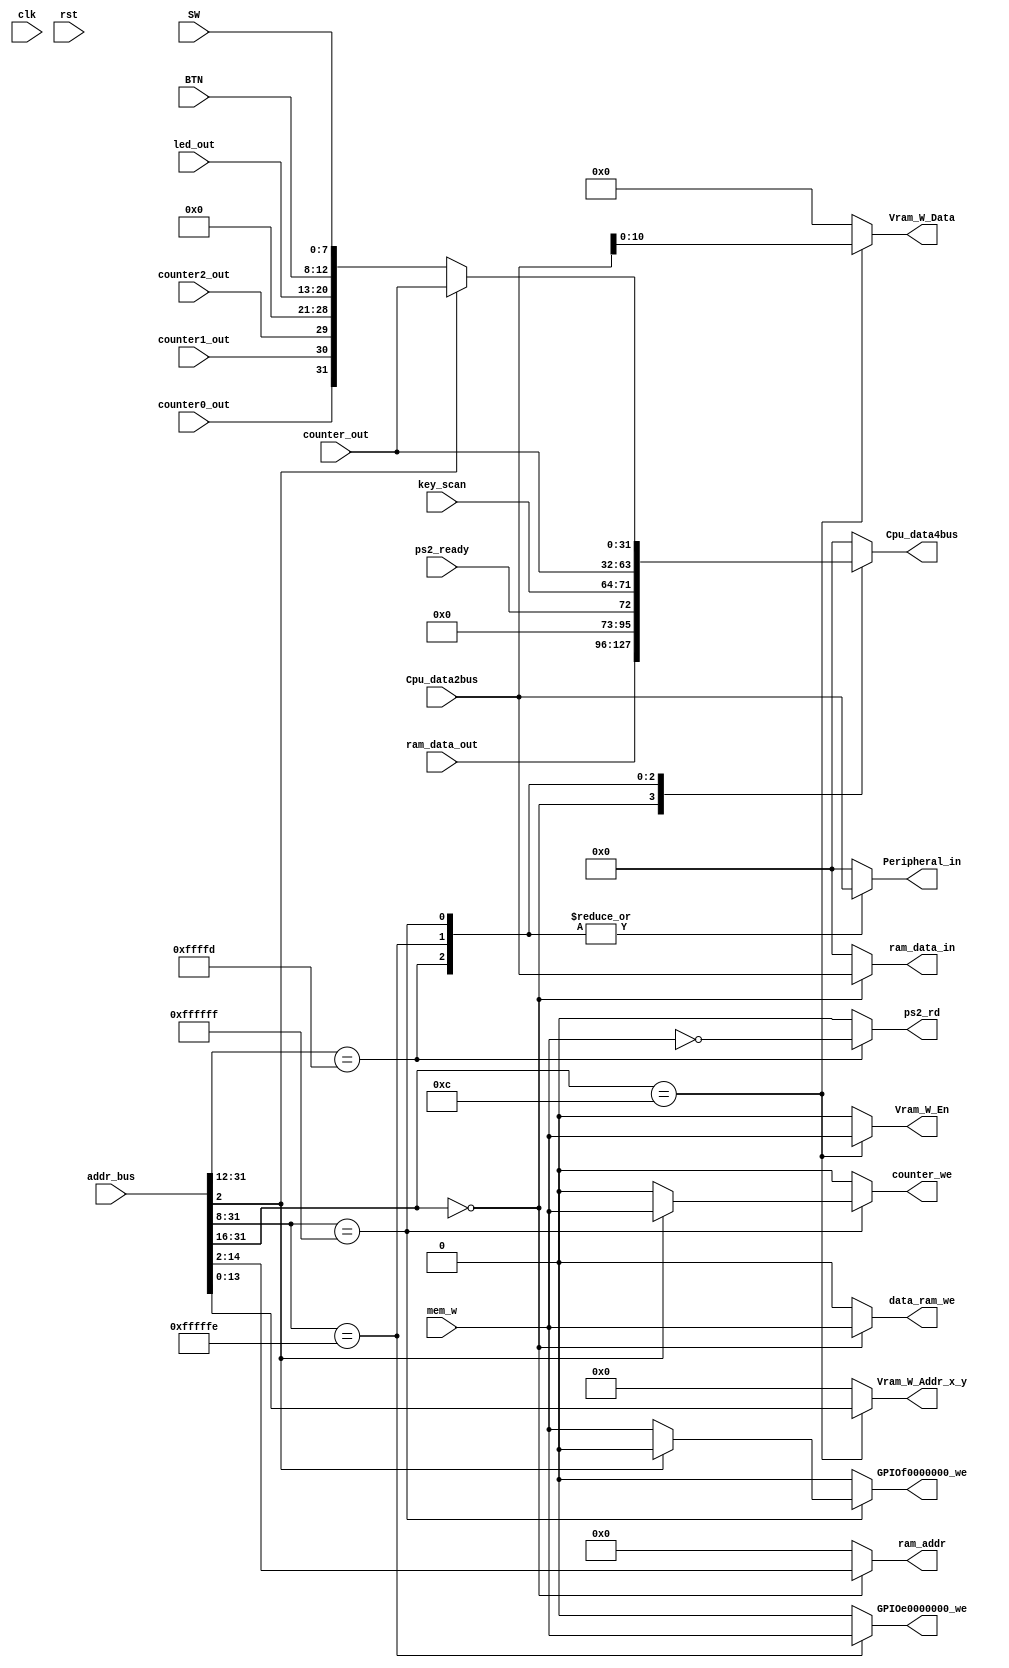

`timescale 1ns / 1ps

module MIO_BUS(clk,
				rst,
				BTN,
				SW,
				mem_w,
				Cpu_data2bus,									//data_from_CPU
				addr_bus,
				ram_data_out,
				led_out,
																// Ps/2_Info
				ps2_ready,
				ps2_rd,
				key_scan,
																// Counter_Info
				counter_out,
				counter0_out,
				counter1_out,
				counter2_out,
				counter_we,										// Counter_Write_Enable

				Cpu_data4bus,									// Write to CPU
				ram_data_in,									// From CPU write to Memory
				ram_addr,										// Memory Address signals
				data_ram_we,									// Ram_Write_Enable

																// GPIO_Info
				GPIOf0000000_we,
				GPIOe0000000_we,
				Peripheral_in,
																// Vram_Info
				Vram_W_Addr_x_y,
				Vram_W_Data,
				Vram_W_En


				);


	input wire         	clk, rst, mem_w;
	input wire 		    counter0_out, counter1_out, counter2_out;
	input wire 	[ 4: 0] BTN;
	input wire 	[ 7: 0] SW, led_out;

	// Ps2_Infor
	input wire 			ps2_ready;
	input wire 	[ 7: 0] key_scan;
	output reg 			ps2_rd;

	input wire 	[31: 0] Cpu_data2bus,
						ram_data_out,
						addr_bus,
						counter_out;

	output reg 		    data_ram_we 	= 0,
						GPIOe0000000_we = 0,
						GPIOf0000000_we = 0,
						counter_we 		= 0;
	output reg 	[31: 0] Cpu_data4bus 	= 0,
						ram_data_in 	= 0,
						Peripheral_in 	= 0;
	output reg 	[12: 0] ram_addr 		= 0;

	// Vram_Info
	output reg			Vram_W_En 		= 0;
	output reg  [10: 0] Vram_W_Data		= 0;
	output reg  [13: 0] Vram_W_Addr_x_y	= 0;


	reg 		[ 7: 0] led_in 			= 0;
	wire counter_over;

	always @(*) begin : proc_RAM_IO_DECODE_SIGNAL
		data_ram_we 					= 0;
		counter_we 						= 0;
		GPIOf0000000_we 				= 0;
		GPIOe0000000_we 				= 0;
		ram_addr 						= 13'h0;
		ram_data_in 					= 32'h0;
		Peripheral_in 					= 32'h0;
		Cpu_data4bus 					= 32'h0;
		ps2_rd	 						= 0;
		Vram_W_En						= 0;
		Vram_W_Addr_x_y					= 13'h0;
		Vram_W_Data 					= 8'b0;
		casex ( addr_bus[31: 8] )
			24'h0000_xx : begin											// 24'h0000_00XX   Instruction
				data_ram_we 			= mem_w;
				ram_addr 				= addr_bus[14: 2];					// For stack data, 0x0000_4000 -> Down
				ram_data_in 			= Cpu_data2bus;						// Instructions from [11: 2] 10bits
				Cpu_data4bus 			= ram_data_out;
			end

			24'h000c_xx : begin												// 32'h000c_xxxx Word Addr bus_addr[13: 0] for Vram
				Vram_W_En 				= mem_w;
				Vram_W_Addr_x_y 		= addr_bus[13: 0];					// Addr_x_y[ 7: 0] for x and Addr_x_y[13: 8] for y
				Vram_W_Data 			= Cpu_data2bus[10: 0];

			end


			24'hffff_dx : begin
				ps2_rd 				 	= ~mem_w;
				Peripheral_in 		 	= Cpu_data2bus;
				Cpu_data4bus  		 	= {23'b0, ps2_ready, key_scan};
			end
			24'hffff_fe : begin											// 32'hffff_fe00 -- Seven_Seg display
				 GPIOe0000000_we		= mem_w;
				 Peripheral_in 		 	= Cpu_data2bus;
				 Cpu_data4bus 			= counter_out;
			end
			24'hffff_ff: begin											// 32'hffff_ff00 --
				if ( addr_bus[2] ) begin
					counter_we 			= mem_w;							// Counter_Signal
					Peripheral_in 		= Cpu_data2bus;						// Write counter lock number
					Cpu_data4bus 		= counter_out;
				end
				else begin
					GPIOf0000000_we	 	= mem_w;							// Led & Btn & Switch
					Peripheral_in 		= Cpu_data2bus;						// set counter_ctrl signal
					Cpu_data4bus 		= {counter0_out, counter1_out, counter2_out, 8'h0, led_out, BTN, SW};
				end
			end
			default : ;
		endcase
	end

endmodule